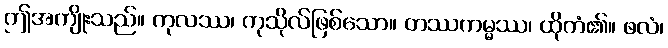
ဤအကျိုးသည်။ ကုလဿ၊ ကုသိုလ်ဖြစ်သော။ တဿကမ္မဿ၊ ထိုကံ၏။ ဖလံ၊